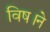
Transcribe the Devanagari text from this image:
विष।ने